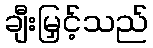
ချီးမြှင့်သည်